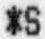
*S